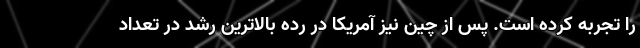
را تجربه کرده است. پس از چین نیز آمریکا در رده بالاترین رشد در تعداد